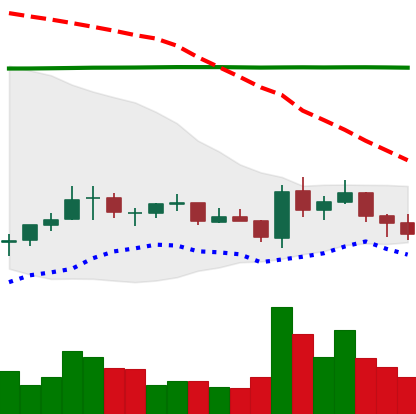
Ticker: EOS-USD
Chart end date: 2021-07-15
Forward return: -10.721%
Label: down_7plus